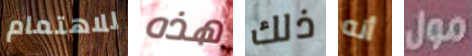
للاهتمام هذه ذلك أنه مول